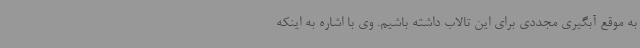
به موقع آبگیری مجددی برای این تالاب داشته باشیم. وی با اشاره به اینکه